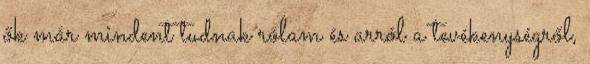
ők már mindent tudnak rólam és arról a tevékenységről,